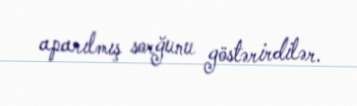
aparılmış sorğunu göstərirdilər.